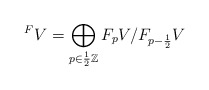
\begin{align*}^F V = \bigoplus_{p \in \frac{1}{2} \mathbb Z} F_pV/F_{p-\frac{1}{2}}V\end{align*}